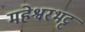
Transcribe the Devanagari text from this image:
महेश्वरभट्ट